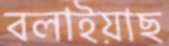
বলাইয়াছ